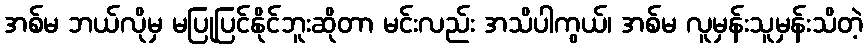
အစ်မ ဘယ်လိုမှ မပြုပြင်နိုင်ဘူးဆိုတာ မင်းလည်း အသိပါကွယ်၊ အစ်မ လူမှန်းသူမှန်းသိတဲ့